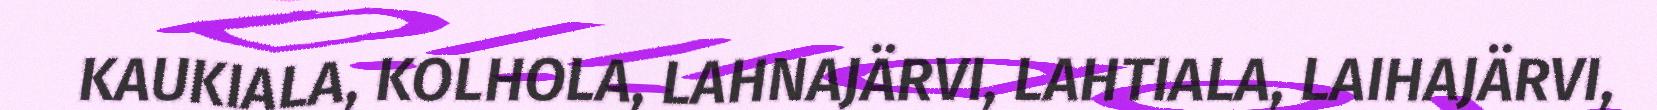
KAUKIALA, KOLHOLA, LAHNAJÄRVI, LAHTIALA, LAIHAJÄRVI,